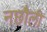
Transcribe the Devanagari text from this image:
नछौली